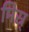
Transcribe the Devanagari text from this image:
मिस्र्